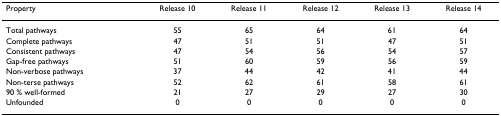
<table><thead><tr><td><b>Property</b></td><td><b>Release 10</b></td><td><b>Release 11</b></td><td><b>Release 12</b></td><td><b>Release 13</b></td><td><b>Release 14</b></td></tr></thead><tbody><tr><td>Total pathways</td><td>55</td><td>65</td><td>64</td><td>61</td><td>64</td></tr><tr><td>Complete pathways</td><td>47</td><td>51</td><td>51</td><td>47</td><td>51</td></tr><tr><td>Consistent pathways</td><td>47</td><td>54</td><td>56</td><td>54</td><td>57</td></tr><tr><td>Gap-free pathways</td><td>51</td><td>60</td><td>59</td><td>56</td><td>59</td></tr><tr><td>Non-verbose pathways</td><td>37</td><td>44</td><td>42</td><td>41</td><td>44</td></tr><tr><td>Non-terse pathways</td><td>52</td><td>62</td><td>61</td><td>58</td><td>61</td></tr><tr><td>90 % well-formed</td><td>21</td><td>27</td><td>29</td><td>27</td><td>30</td></tr><tr><td>Unfounded</td><td>0</td><td>0</td><td>0</td><td>0</td><td>0</td></tr></tbody></table>